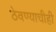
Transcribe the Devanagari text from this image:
ठेवण्याचीही